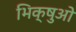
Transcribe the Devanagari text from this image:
भिक्षुओ